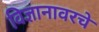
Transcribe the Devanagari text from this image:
विज्ञानावरचे